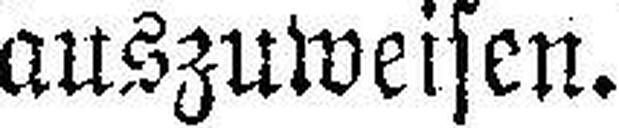
auszuweisen.